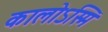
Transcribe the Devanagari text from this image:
कालोऽस्मि